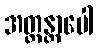
အတ္တန္တာပေါ